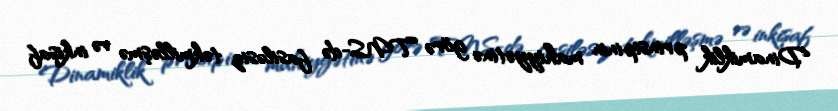
Dinamiklik prinsipinin mahiyyətinə görə TNS-də fasiləsiz təkmilləşmə və inkişaf